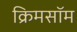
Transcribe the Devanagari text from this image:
क्रिमसॉम